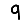
Digit: 9